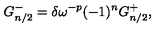
G _ { n / 2 } ^ { - } = \delta \omega ^ { - p } ( - 1 ) ^ { n } G _ { n / 2 } ^ { + } ,